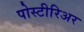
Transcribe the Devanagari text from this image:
पोस्टीरिअर